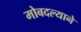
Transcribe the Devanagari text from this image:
मोबदल्याने